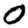
Digit: 0